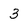
Character: 3